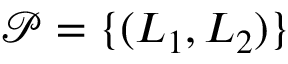
\mathcal { P } = \{ ( L _ { 1 } , L _ { 2 } ) \}